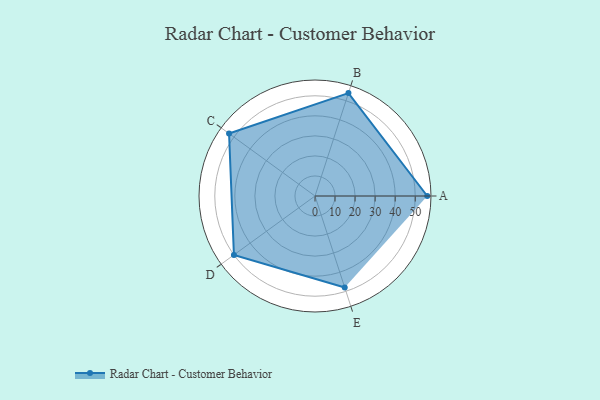
{"axis": {"x": "Skill", "y": "Score"}, "legend": ["Profile"], "data": [{"x": "A", "y": 56.0, "type": "Profile"}, {"x": "B", "y": 54.0, "type": "Profile"}, {"x": "C", "y": 53.0, "type": "Profile"}, {"x": "D", "y": 50.0, "type": "Profile"}, {"x": "E", "y": 48.0, "type": "Profile"}]}